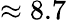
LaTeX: \approx 8.7